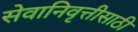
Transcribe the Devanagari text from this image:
सेवानिवृत्तीसाठी